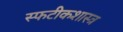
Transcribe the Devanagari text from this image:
स्फटीकशास्त्र